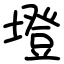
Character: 墱